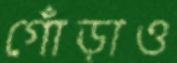
গোঁড়াও